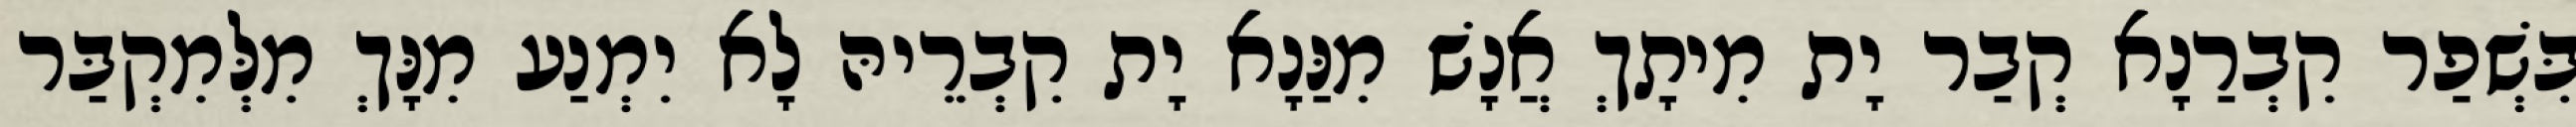
בִּשְׁפַר קִבְרַנָא קְבַר יָת מִיתָךְ אֲנָשׁ מִנַּנָא יָת קִבְרֵיהּ לָא יִמְנַע מִנָּךְ מִלְּמִקְבַּר